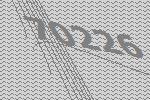
70226